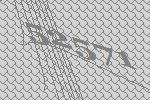
52571